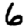
Digit: 6